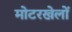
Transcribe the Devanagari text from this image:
मोटरखेलों